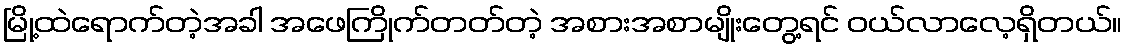
မြို့ထဲရောက်တဲ့အခါ အဖေကြိုက်တတ်တဲ့ အစားအစာမျိုးတွေ့ရင် ဝယ်လာလေ့ရှိတယ်။